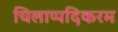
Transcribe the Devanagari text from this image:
चिलाप्पदिकरम